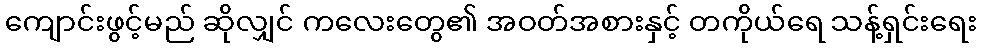
ကျောင်းဖွင့်မည် ဆိုလျှင် ကလေးတွေ၏ အဝတ်အစားနှင့် တကိုယ်ရေ သန့်ရှင်းရေး